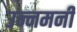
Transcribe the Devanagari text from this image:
उन्नमनी